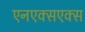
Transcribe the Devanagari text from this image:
एनएक्सएक्स